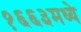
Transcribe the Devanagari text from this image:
१६६३मध्ये